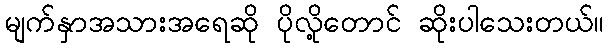
မျက်နှာအသားအရေဆို ပိုလို့တောင် ဆိုးပါသေးတယ်။